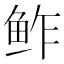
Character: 鲊